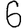
Digit: 6